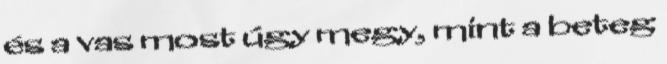
és a vas most úgy megy, mint a beteg